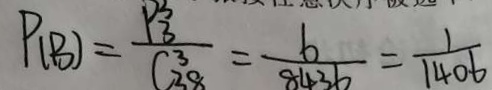
P _ { ( B ) } = \frac { P _ { 3 } ^ { 3 } } { C _ { 3 8 } ^ { 3 } } = \frac { 6 } { 8 4 3 6 } = \frac { 1 } { 1 4 0 6 }